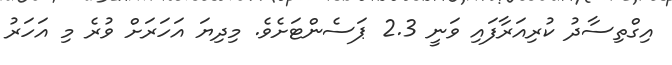
އިގްތިސާދު ކުރިއަރާފައި ވަނީ 2.3 ޕަސެންޓަށެވެ. މިދިޔަ އަހަރަށް ވުރެ މި އަހަރު